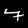
Digit: 7